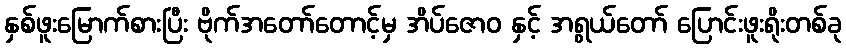
နှစ်ဖူးမြောက်စားပြီး ဗိုက်အတော်တောင့်မှ အိပ်ဇောဝ နှင့် အရွယ်တော် ပြောင်းဖူးရိုးတစ်ခု